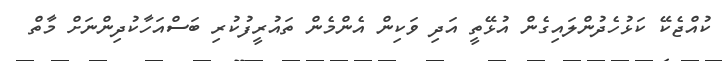
ކުއްޖެކޭ ކަޅުހެދުންލައިގެން އުޅޭތީ އަދި ވަކިން އެންމެން ތައުރީފުކުރި ބަސްއަހާކުދިންނަށް މާތް